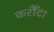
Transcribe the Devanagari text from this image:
करौँदा